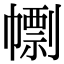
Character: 𢅚